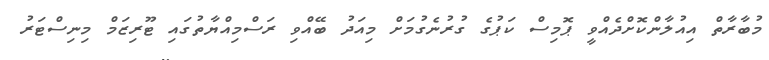
މުބާރާތް އިއުލާންކޮށްދެއްވީ ޕޮމިސް ކަޕުގެ ގުރުނެގުމަށް މިއަދު ބޭއްވި ރަސްމިއްޔާތުގައި ޓޫރިޒަމް މިނިސްޓަރު